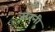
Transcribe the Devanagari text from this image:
सरनी